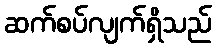
ဆက်စပ်လျက်ရှိသည်